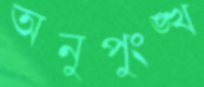
অনুপুংঙ্খ